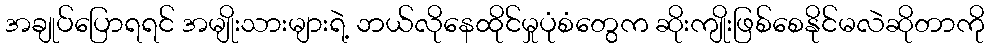
အချုပ်ပြောရရင် အမျိုးသားများရဲ့ ဘယ်လိုနေထိုင်မှုပုံစံတွေက ဆိုးကျိုးဖြစ်စေနိုင်မလဲဆိုတာကို